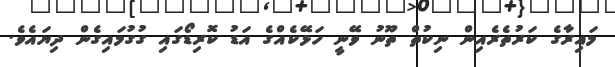
މައިރާގެ ކަރުތެރެއިން ނިކުތް ތޫނު ވޭނީ ހަޅޭކެއްގެ އަޑު ކޮރިޑޯގައި ގުގުމައިގެން ދިޔައެވެ.